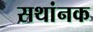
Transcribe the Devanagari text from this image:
सथांनक